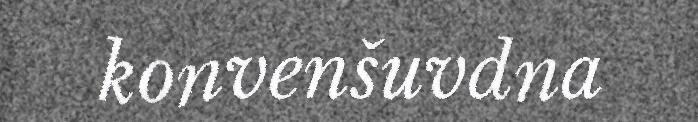
konvenšuvdna